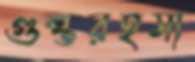
গুপ্তরহস্য